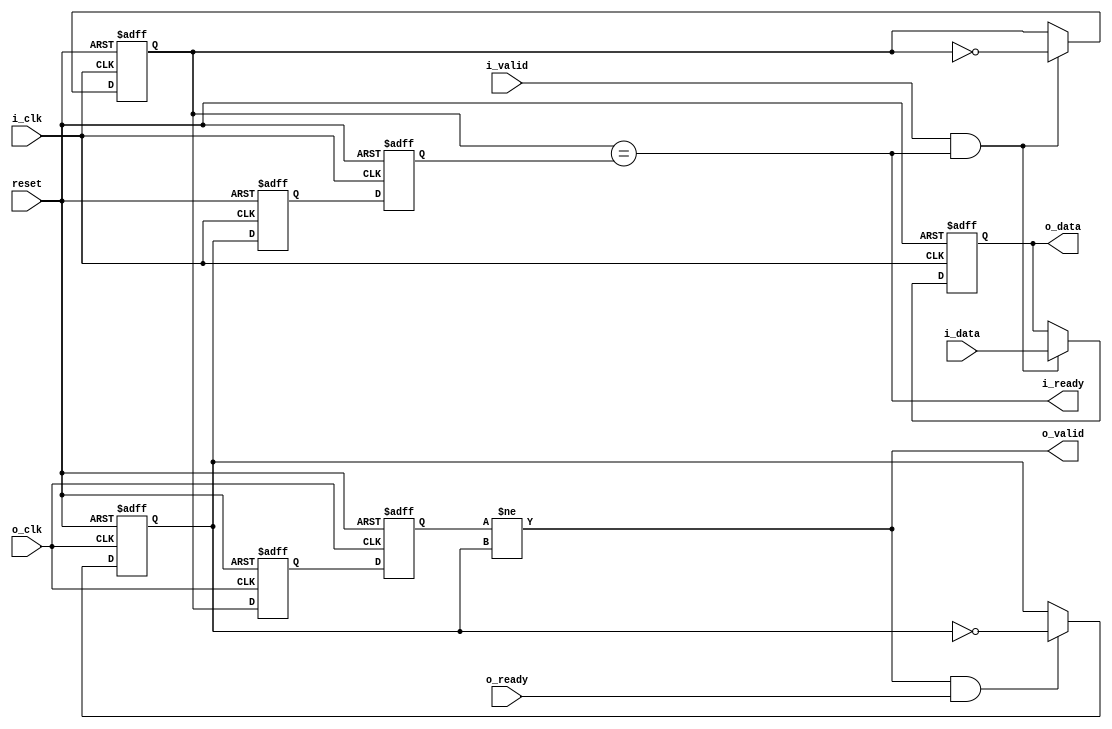
`default_nettype none

module dual_clock_buffer #(parameter width = 8) (
    input wire reset,
    input wire i_clk,
    input wire i_valid,
    output wire i_ready,
    input wire [width-1:0] i_data,
    input wire o_clk,
    output wire o_valid,
    input wire o_ready,
    output wire [width-1:0] o_data);

    reg [width-1:0] data;
    assign o_data = data;

    reg out_flag_1;
    reg in_flag_2;
    reg in_flag_3;

    reg in_flag_1;
    reg out_flag_2;
    reg out_flag_3;

    assign i_ready = out_flag_1 == in_flag_3;
    assign o_valid = out_flag_3 != in_flag_1;

    always @(posedge i_clk or posedge reset) begin
        if (reset) begin
            { in_flag_3, in_flag_2, out_flag_1 } <= 3'b000;
            data <= 0;
        end else begin
            { in_flag_3, in_flag_2 } <= { in_flag_2, in_flag_1 };
            if (i_valid && i_ready)
                { out_flag_1, data } <= { ~out_flag_1, i_data };
        end
    end

    always @(posedge o_clk or posedge reset) begin
        if (reset)
            { out_flag_3, out_flag_2, in_flag_1 } <= 3'b000;
        else begin
            { out_flag_3, out_flag_2 } <= { out_flag_2, out_flag_1 };
            if (o_valid && o_ready)
                in_flag_1 <= ~in_flag_1;
        end
    end
endmodule